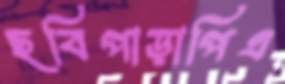
ছবিপাড়াপিএ